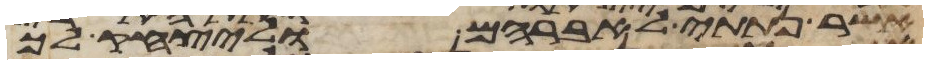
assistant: אשר נתתי לאברהם וליצחק לך